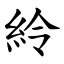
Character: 紷